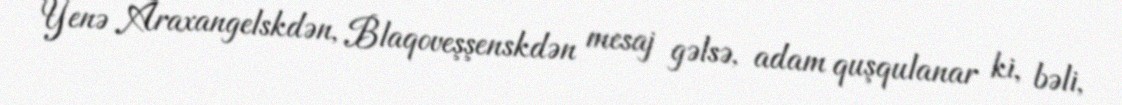
Yenə Araxangelskdən, Blaqoveşşenskdən mesaj gəlsə, adam quşqulanar ki, bəli,